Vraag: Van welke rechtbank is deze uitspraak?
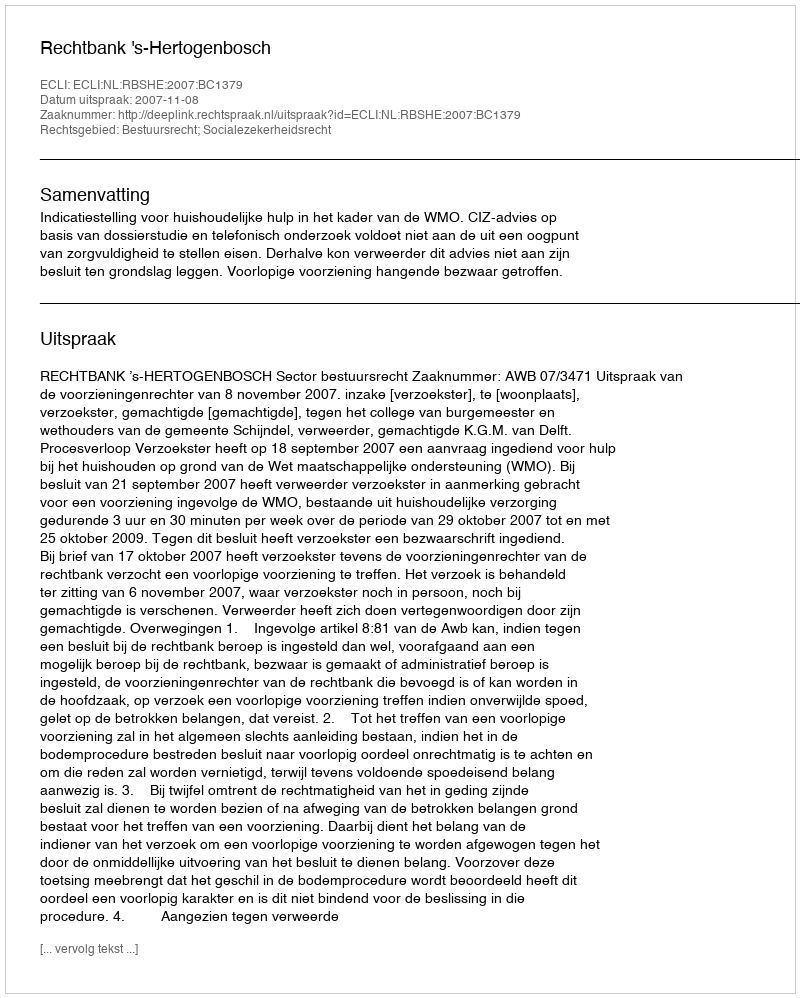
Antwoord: Rechtbank 's-Hertogenbosch